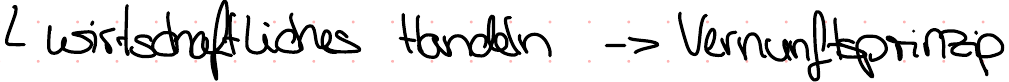
wirtschaftliches Handeln -> Vernunftsprinzip